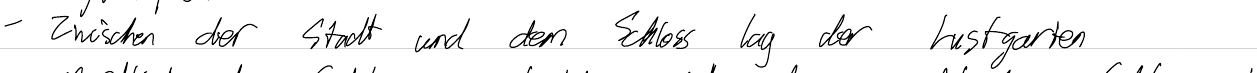
- Zwischen der Stadt und dem Schloss lag der Lustgarten